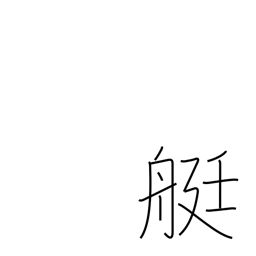
Meaning: rowboat